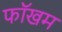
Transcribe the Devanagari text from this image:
फॉखम